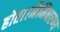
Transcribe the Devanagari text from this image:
होता।नैमिषारण्य